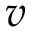
v